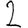
Digit: 2